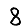
Digit: 8